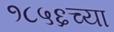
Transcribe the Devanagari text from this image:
१८५६च्या